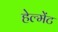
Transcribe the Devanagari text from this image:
हेल्मेंट